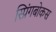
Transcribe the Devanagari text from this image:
स्प्रिंगबोकस